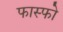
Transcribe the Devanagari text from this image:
फास्‍फो